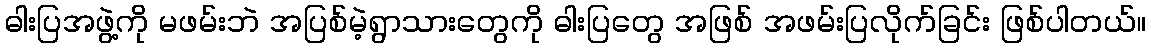
ဓါးပြအဖွဲ့ကို မဖမ်းဘဲ အပြစ်မဲ့ရွာသားတွေကို ဓါးပြတွေ အဖြစ် အဖမ်းပြလိုက်ခြင်း ဖြစ်ပါတယ်။